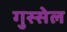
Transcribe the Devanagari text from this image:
गुस्सेल